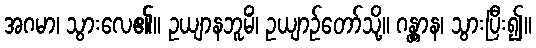
အဂမာ၊ သွားလေ၏။ ဥယျာနဘူမိံ၊ ဥယျာဉ်တော်သို့။ ဂန္တွာန၊ သွားပြီး၍။